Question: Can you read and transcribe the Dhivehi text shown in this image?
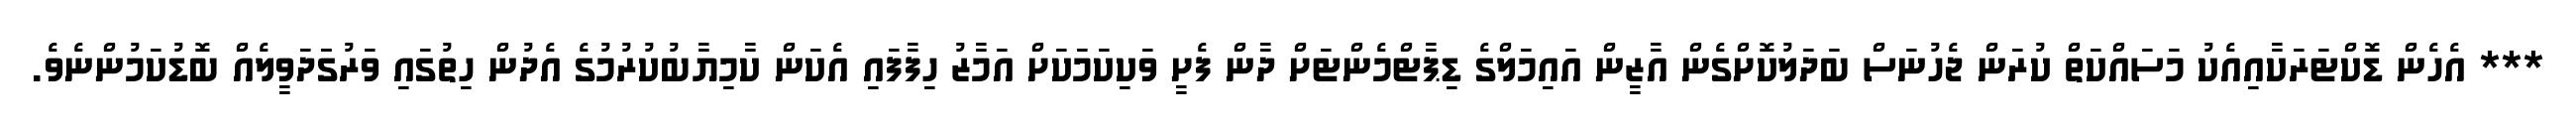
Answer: *** އެހެން ޑޮކްޓަރަކާއިއެކު މަސައްކަތް ކުރަން ޖެހުނަސް ބަދަލުކޮށްގެން އާޒީން އައިމަލްގެ ޑިޕާޓްމެންޓަށް ދާން ފެށީ ވަކިކަމަކަށް އަމާޒު ހިފާފައި އެކަން ކާމިޔާބުކުރުމުގެ އެދުން ހިތުގައި ވަރުގަަދަވީލެއް ބޮޑުކަމުންނެވެ.